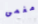
مغمى